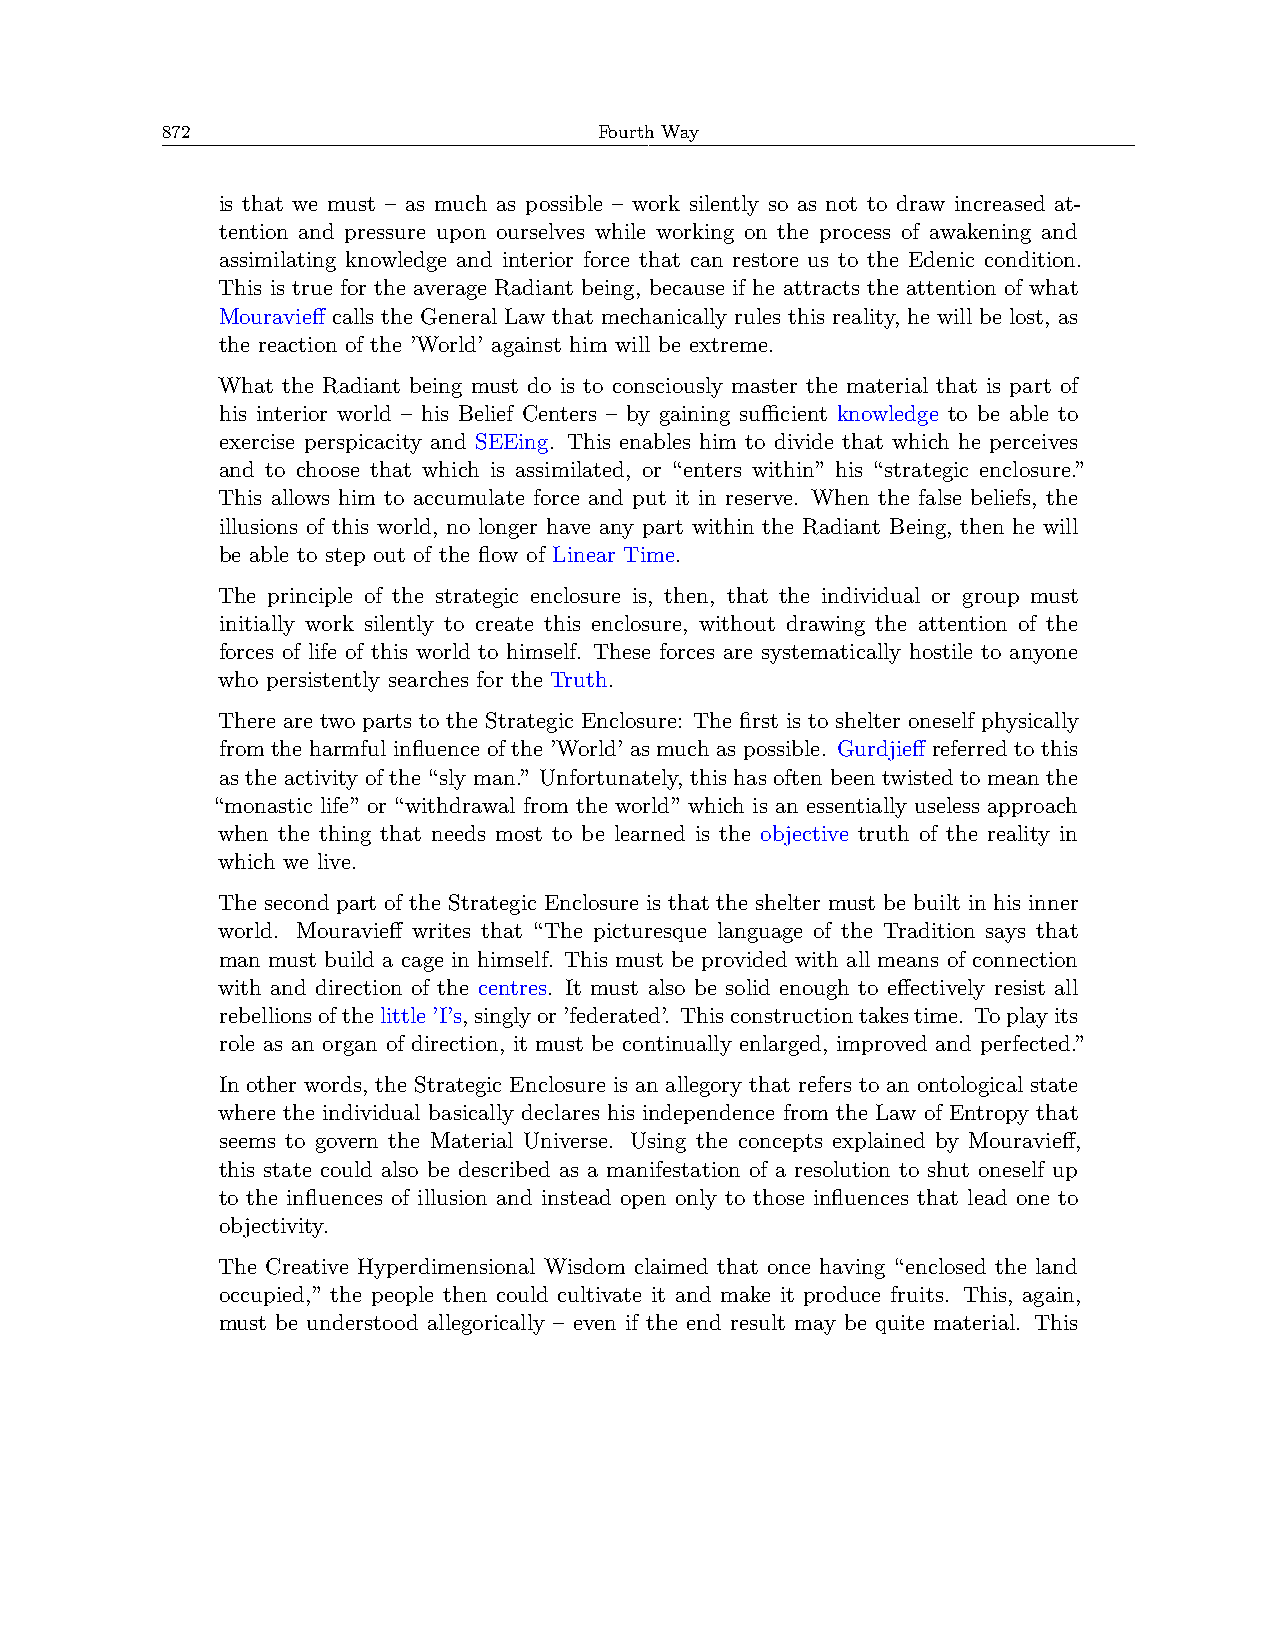
872                          Fourth Way
 is that we must – as much as possible – work silently so as not to draw increased at-
 tention and pressure upon ourselves while working on the process of awakening and
 assimilating knowledge and interior force that can restore us to the Edenic condition.
 This is true for the average Radiant being, because if he attracts the attention of what
 Mouravieff calls the General Law that mechanically rules this reality, he will be lost, as
 the reaction of the ’World’ against him will be extreme.
 What the Radiant being must do is to consciously master the material that is part of
 his interior world – his Belief Centers – by gaining suﬀicient knowledge to be able to
 exercise perspicacity and SEEing. This enables him to divide that which he perceives
 and to choose that which is assimilated, or “enters within” his “strategic enclosure.”
 This allows him to accumulate force and put it in reserve. When the false beliefs, the
 illusions of this world, no longer have any part within the Radiant Being, then he will
 be able to step out of the flow of Linear Time.
 The principle of the strategic enclosure is, then, that the individual or group must
 initially work silently to create this enclosure, without drawing the attention of the
 forces of life of this world to himself. These forces are systematically hostile to anyone
 who persistently searches for the Truth.
 There are two parts to the Strategic Enclosure: The first is to shelter oneself physically
 from the harmful influence of the ’World’ as much as possible. Gurdjieff referred to this
 as the activity of the “sly man.” Unfortunately, this has often been twisted to mean the
 “monastic life” or “withdrawal from the world” which is an essentially useless approach
 when the thing that needs most to be learned is the objective truth of the reality in
 which we live.
 The second part of the Strategic Enclosure is that the shelter must be built in his inner
 world. Mouravieff writes that “The picturesque language of the Tradition says that
 man must build a cage in himself. This must be provided with all means of connection
 with and direction of the centres. It must also be solid enough to effectively resist all
 rebellionsofthelittle’I’s,singlyor’federated’. Thisconstructiontakestime. Toplayits
 role as an organ of direction, it must be continually enlarged, improved and perfected.”
 In other words, the Strategic Enclosure is an allegory that refers to an ontological state
 where the individual basically declares his independence from the Law of Entropy that
 seems to govern the Material Universe. Using the concepts explained by Mouravieff,
 this state could also be described as a manifestation of a resolution to shut oneself up
 to the influences of illusion and instead open only to those influences that lead one to
 objectivity.
 The Creative Hyperdimensional Wisdom claimed that once having “enclosed the land
 occupied,” the people then could cultivate it and make it produce fruits. This, again,
 must be understood allegorically – even if the end result may be quite material. This